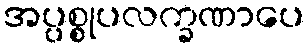
အပ္ပစ္စုပလက္ခဏာပေ